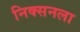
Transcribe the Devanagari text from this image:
निक्सनला